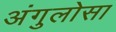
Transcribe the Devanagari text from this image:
अंगुलोसा